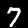
Digit: 7